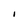
Character: I